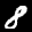
Label: 8